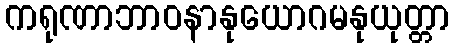
ကရုဏာဘာဝနာနုယောဂမနုယုတ္တာ